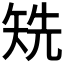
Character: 𥏌